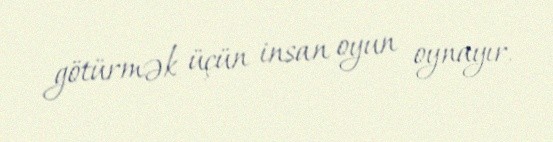
götürmək üçün insan oyun oynayır.